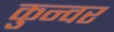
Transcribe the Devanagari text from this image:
कुन्वर